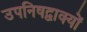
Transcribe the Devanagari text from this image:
उपनिषद्वाक्यों